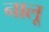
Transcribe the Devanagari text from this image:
नालू